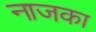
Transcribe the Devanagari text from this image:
नाजका